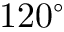
1 2 0 ^ { \circ }